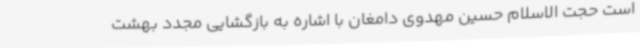
است حجت الاسلام حسین مهدوی دامغان با اشاره به بازگشایی مجدد بهشت